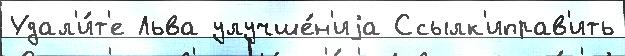
Удал'и́т'е Льва улучше́н'иjа Ссылк'иправ'ить